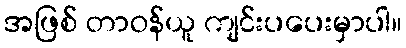
အဖြစ် တာဝန်ယူ ကျင်းပပေးမှာပါ။